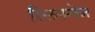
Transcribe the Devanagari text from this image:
स्लिपगेज